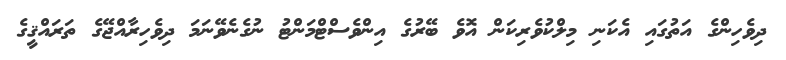
ދިވެހިންގެ އަތުގައި އެކަނި މިލްކުވެރިކަން އޮވެ ބޭރުގެ އިންވެސްޓްމަންޓު ނުގެނެވޭނަމަ ދިވެހިރާއްޖޭގެ ތަރައްޤީގެ